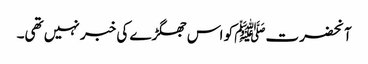
آنحضرتﷺ کو اس جھگڑے کی خبر نہیں تھی۔